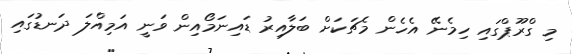
މި ގްރޫޕްގައި ހިމެނޭ އެހެން މެޗަކަށް ބަލާއިރު ޑައިނަމޯއިން ވަނީ އަމިއްލަ ދަނޑުގައި